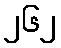
၂၆၂